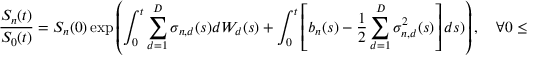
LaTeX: { \frac { S _ { n } ( t ) } { S _ { 0 } ( t ) } } = S _ { n } ( 0 ) \exp \left( \int _ { 0 } ^ { t } \sum _ { d = 1 } ^ { D } \sigma _ { n , d } ( s ) d W _ { d } ( s ) + \int _ { 0 } ^ { t } \left[ b _ { n } ( s ) - { \frac { 1 } { 2 } } \sum _ { d = 1 } ^ { D } \sigma _ { n , d } ^ { 2 } ( s ) \right] d s ) \right) , \quad \forall 0 \leq t \leq T , \quad n = 1 \ldots N .